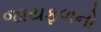
જાયફળનો